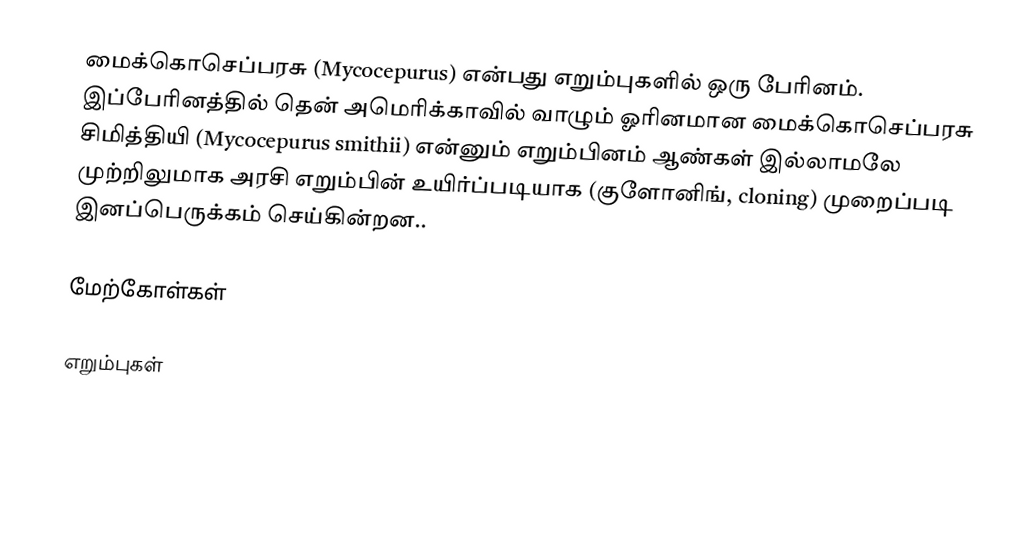
மைக்கொசெப்பரசு (Mycocepurus) என்பது எறும்புகளில் ஒரு பேரினம். இப்பேரினத்தில் தென் அமெரிக்காவில் வாழும் ஓரினமான மைக்கொசெப்பரசு சிமித்தியி (Mycocepurus smithii) என்னும் எறும்பினம்  ஆண்கள் இல்லாமலே முற்றிலுமாக அரசி எறும்பின் உயிர்ப்படியாக (குளோனிங், cloning) முறைப்படி இனப்பெருக்கம் செய்கின்றன..

மேற்கோள்கள்

எறும்புகள்